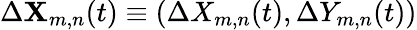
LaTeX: \Delta\mathbf{X}_{m,n}(t)\equiv(\Delta X_{m,n}(t),\Delta Y_{m,n}(t))